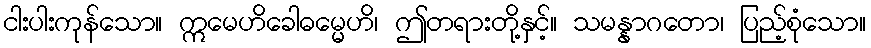
ငါးပါးကုန်သော။ ဣမေဟိခေါဓမ္မေဟိ၊ ဤတရားတို့နှင့်။ သမန္နာဂတော၊ ပြည့်စုံသော။